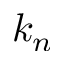
k _ { n }